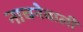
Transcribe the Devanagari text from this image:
नाचनेवाली